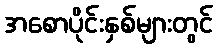
အစောပိုင်းနှစ်များတွင်